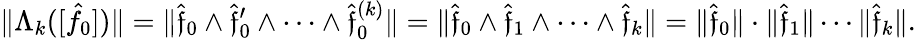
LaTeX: \| \Lambda_{k}([\hat{f}_{0}])\| =\| \hat{\mathfrak f}_{0}\wedge\hat{\mathfrak f}_{0}^{\prime}\wedge\cdots\wedge\hat{\mathfrak f}_{0}^{(k)}\| =\| \hat{\mathfrak f}_{0}\wedge\hat{\mathfrak f}_{1}\wedge\cdots\wedge\hat{\mathfrak f}_{k}\| =\| \hat{\mathfrak f}_{0}\| \cdot\| \hat{\mathfrak f}_{1}\| \cdots\| \hat{\mathfrak f}_{k}\| .